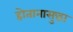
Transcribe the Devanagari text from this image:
होतानासुद्धा